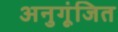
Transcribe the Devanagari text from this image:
अनुगूंजित